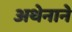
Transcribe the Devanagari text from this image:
अथेनाने